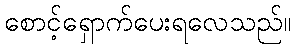
စောင့်ရှောက်ပေးရလေသည်။